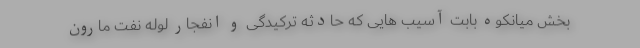
بخش میانکوه بابت آسیب هایی که حادثه ترکیدگی و انفجار لوله نفت مارون